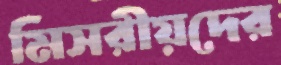
মিসরীয়দের